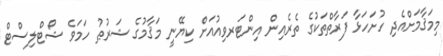
މިމަޤާމަށްއެދި ހުށަހަޅާ ފަރާތްތަކުގެ ތެރެއިން އިންޓަރވިއުއަށް ކިޔޭނީ މަޤާމުގެ ޝަރުޠު ހަމަވެ ޝޯޓްލިސްޓް